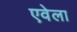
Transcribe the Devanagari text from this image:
एवेला